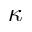
\kappa